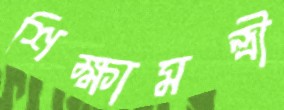
শিক্ষামন্ত্রী